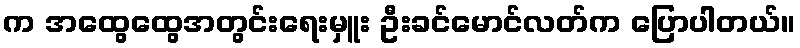
က အထွေထွေအတွင်းရေးမှူး ဦးခင်မောင်လတ်က ပြောပါတယ်။